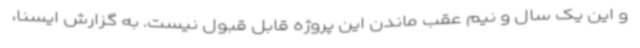
و این یک سال و نیم عقب ماندن این پروژه قابل قبول نیست. به گزارش ایسنا،